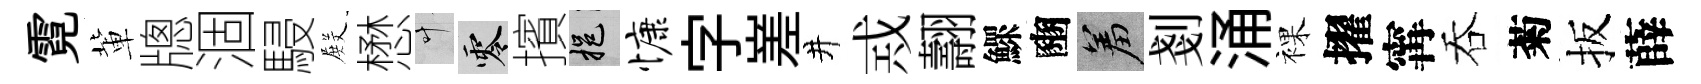
霓軰牕涸駸𭮺懋叶零擯挹慷字嵳井𢦶翿鰥豳羞剗涌裸擢𡩋吞菊扳薛